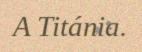
A Titánia.